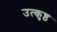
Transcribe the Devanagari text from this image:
उत्‍कृष्ठ